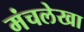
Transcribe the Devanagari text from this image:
मंचलेखा